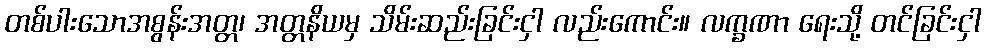
တစ်ပါးသောအစွန်းအတ္တ၊ အတ္တနိယမှ သိမ်းဆည်းခြင်းငှါ လည်းကောင်း။ လက္ခဏာ ရေးသို့ တင်ခြင်းငှါ